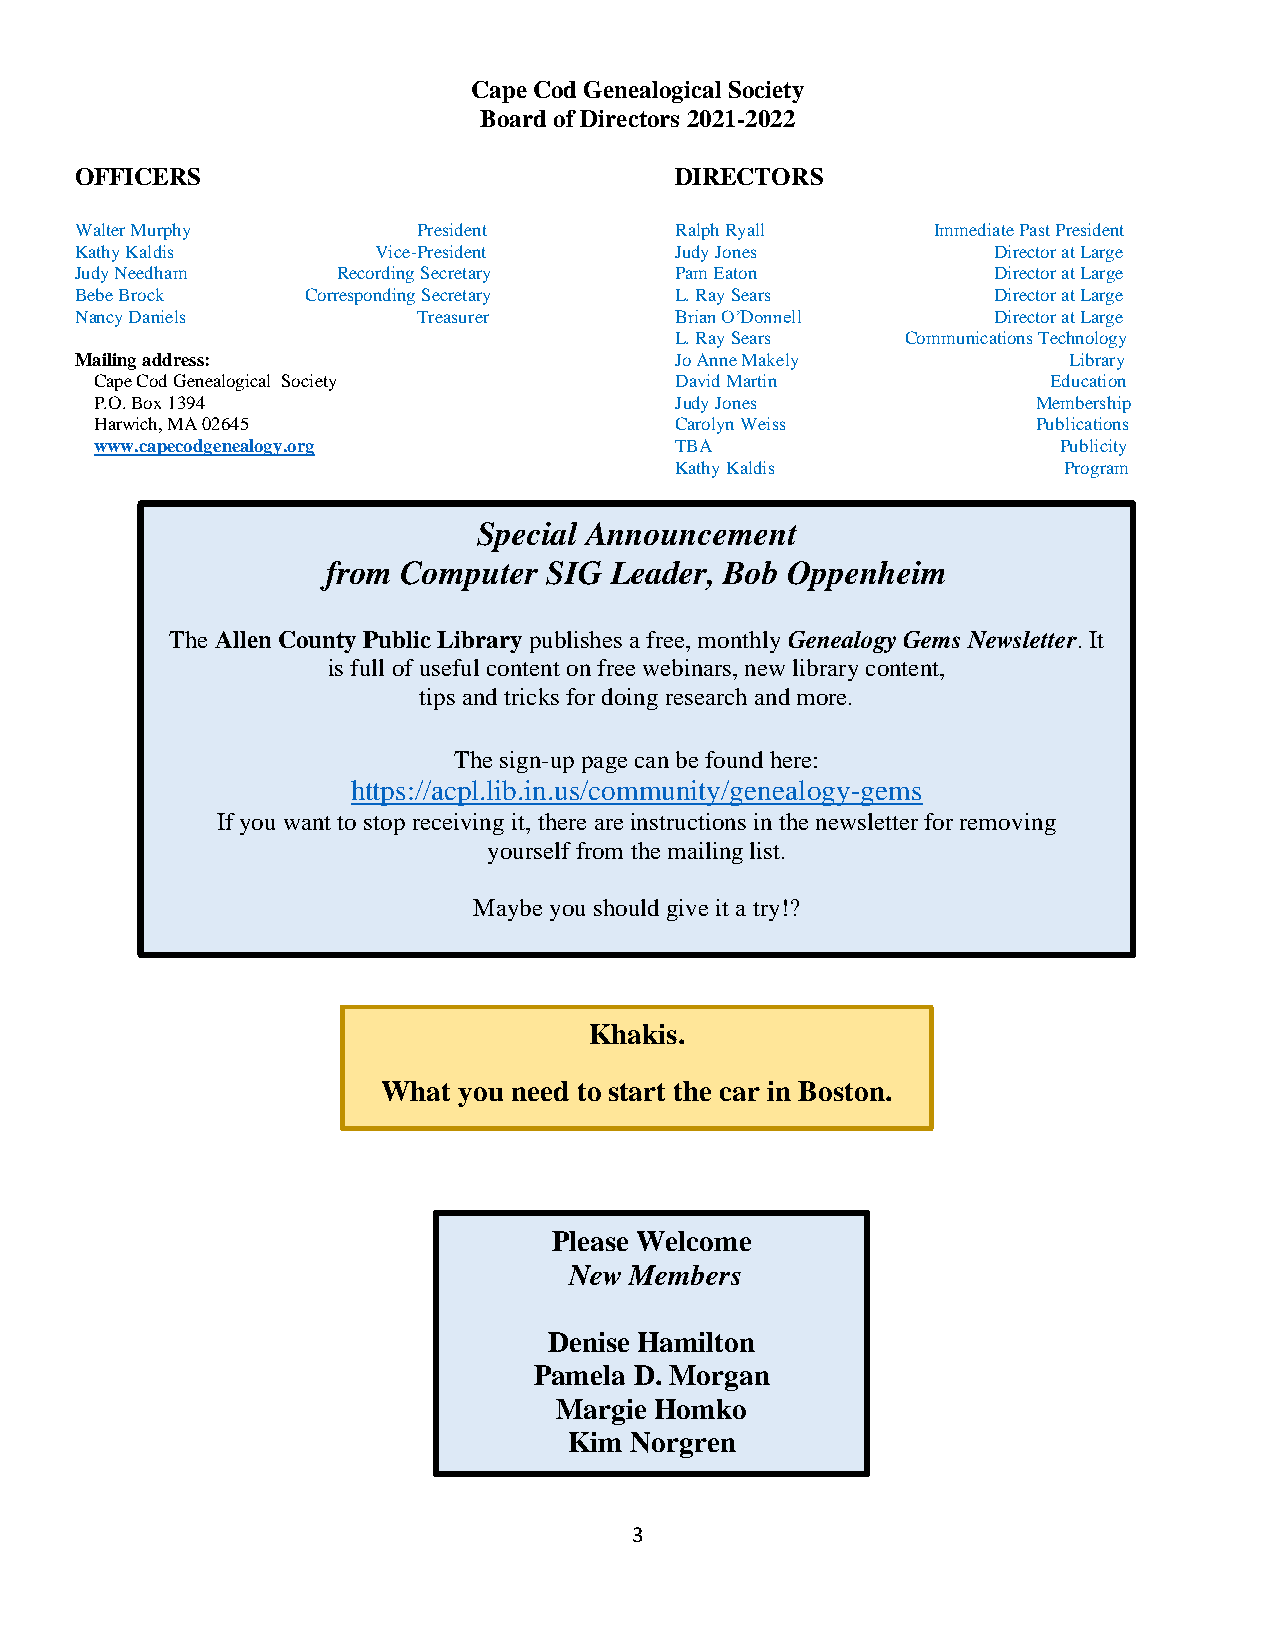
Cape Cod Genealogical Society
 Board of Directors 2021-2022
 OFFICERS                                DIRECTORS
 Walter Murphy          President        Ralph Ryall      Immediate Past President
 Kathy Kaldis        Vice-President      Judy Jones           Director at Large
 Judy Needham     Recording Secretary    Pam Eaton            Director at Large
 Bebe Brock     Corresponding Secretary  L. Ray Sears         Director at Large
 Nancy Daniels          Treasurer        Brian O’Donnell      Director at Large
 L. Ray Sears   Communications Technology
 Mailing address:                        Jo Anne Makely            Library
 Cape Cod Genealogical Society          David Martin             Education
 P.O. Box 1394                          Judy Jones              Membership
 Harwich, MA 02645                      Carolyn Weiss           Publications
 www.capecodgenealogy.org               TBA                      Publicity
 Kathy Kaldis             Program
 Special Announcement
 from Computer SIG Leader, Bob Oppenheim
 The Allen County Public Library publishes a free, monthly Genealogy Gems Newsletter. It
 is full of useful content on free webinars, new library content,
 tips and tricks for doing research and more.
 The sign-up page can be found here:
 https://acpl.lib.in.us/community/genealogy-gems
 If you want to stop receiving it, there are instructions in the newsletter for removing
 yourself from the mailing list.
 Maybe you should give it a try!?
 Khakis.
 What you need to start the car in Boston.
 Please Welcome
 New Members
 Denise Hamilton
 Pamela D. Morgan
 Margie Homko
 Kim Norgren
 3